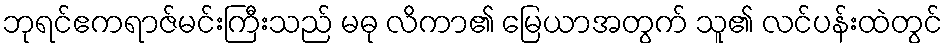
ဘုရင်ဧကရာဇ်မင်းကြီးသည် မဓု လိကာ၏ မြေယာအတွက် သူ၏ လင်ပန်းထဲတွင်